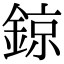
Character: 鍄